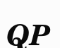
QP